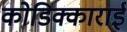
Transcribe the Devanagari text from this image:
कोडिक्काराई